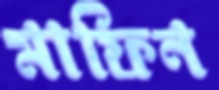
মাফিন